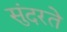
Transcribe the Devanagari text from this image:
सुंदरते